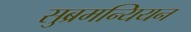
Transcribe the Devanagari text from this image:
सुब्रमन्यियन